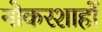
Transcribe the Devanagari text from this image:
नोकरशाहों